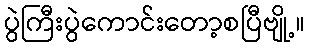
ပွဲကြီးပွဲကောင်းတော့စပြီဗျို့။